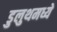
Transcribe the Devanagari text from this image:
डुलुथमध्ये